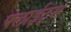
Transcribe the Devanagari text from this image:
फ्लाईट्स